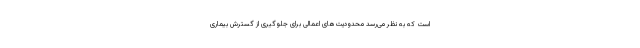
است که به نظر می‌رسد محدودیت‌های اعمالی برای جلوگیری از گسترش بیماری